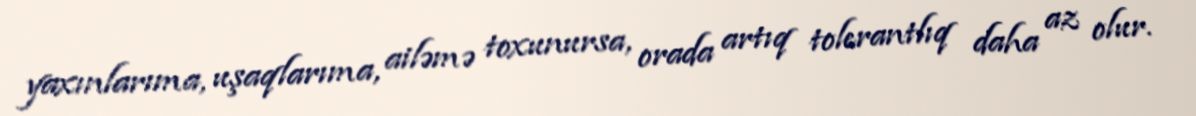
yaxınlarıma, uşaqlarıma, ailəmə toxunursa, orada artıq tolerantlıq daha az olur.